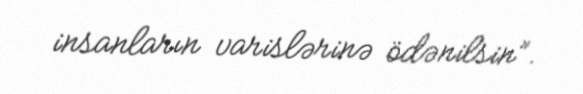
insanların varislərinə ödənilsin”.